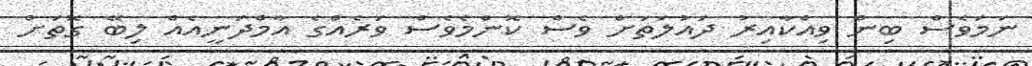
ނަމަވެސް ބިން ވިއްކާއިރު ދައުލަތަށް ވެސް ކޮންމެވެސް ވަރެއްގެ އާމްދަނީއެއް ލިބޭ ގޮތަށް